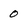
Character: 0